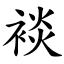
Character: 裧